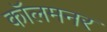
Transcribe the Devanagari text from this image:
कॉलमनर